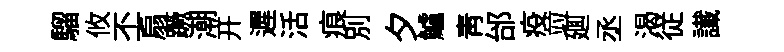
騮攸丕扇蹶潮开遲活痕別夕鱸青邰疫竝廽丞渴従䜟